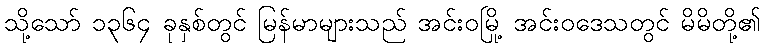
သို့သော် ၁၃၆၄ ခုနှစ်တွင် မြန်မာများသည် အင်းဝမြို့ အင်းဝဒေသတွင် မိမိတို့၏